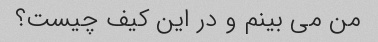
من می بینم و در این کیف چیست؟